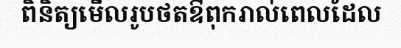
ពិនិត្យមើលរូបថតឳពុករាល់ពេលដែល